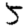
Digit: 5